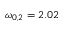
\omega _ { 0 , 2 } = 2 . 0 2